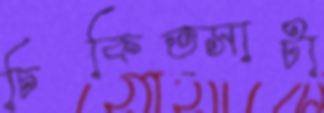
চিকিত্সাটা